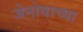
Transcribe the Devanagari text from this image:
जेनोवाच्या